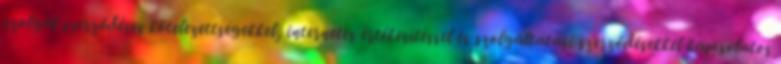
szolgál szerződéses kötelezettségekkel, internetes értékesítéssel és szolgáltatási szerződésekkel kapcsolatos